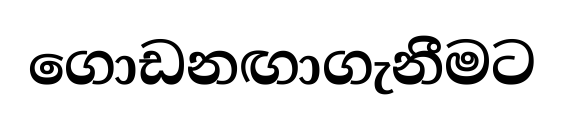
ගොඩනඟාගැනීමට